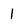
Character: 1